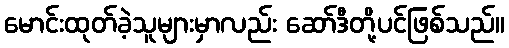
မောင်းထုတ်ခဲ့သူများမှာလည်း ဆော်ဒီတို့ပင်ဖြစ်သည်။